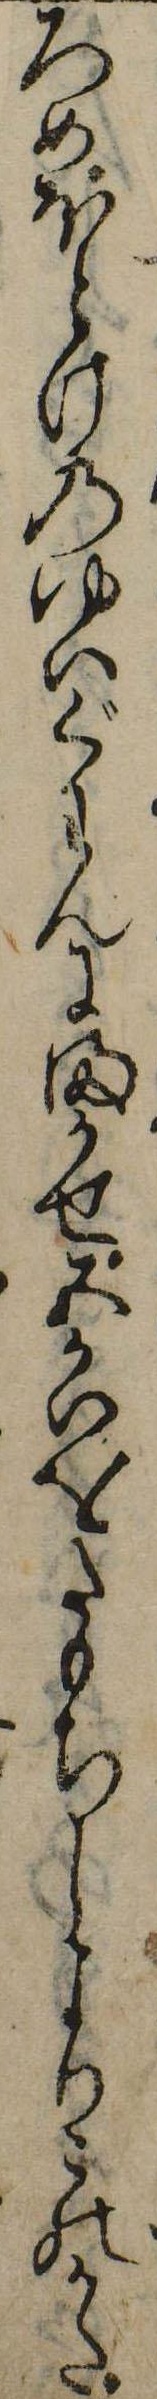
ろめほとけのゆいぐわんにまかせ五かいをたもちしよりこのかた